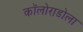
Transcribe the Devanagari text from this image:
कॉलोराडोला